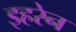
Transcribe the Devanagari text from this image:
इहरेन